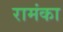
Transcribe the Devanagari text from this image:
रामंका